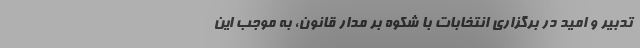
تدبیر و امید در برگزاری انتخابات با شکوه بر مدار قانون، به موجب این